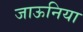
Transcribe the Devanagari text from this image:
जाऊनिया